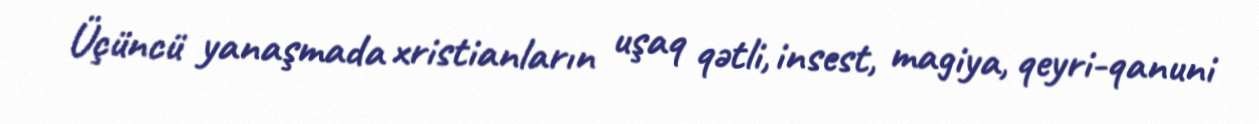
Üçüncü yanaşmada xristianların uşaq qətli, insest, magiya, qeyri-qanuni